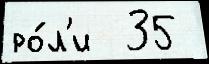
ро́л'и  35